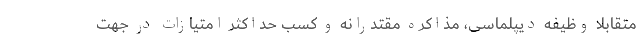
متقابلا وظیفه دیپلماسی، مذاکره مقتدرانه و کسب حداکثر امتیازات در جهت